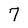
Character: 7